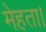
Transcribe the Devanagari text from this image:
मेहता।